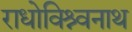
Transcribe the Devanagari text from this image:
राधोविश्र्वनाथ